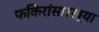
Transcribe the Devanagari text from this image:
फकिरांसारख्या